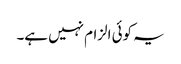
یہ کوئی الزام نہیں ہے۔